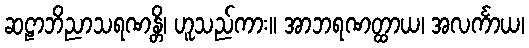
ဆဠာဘိညာသရဏန္တိ၊ ဟူသည်ကား။ အာဘရဏတ္ထာယ၊ အလင်္ကာယ၊